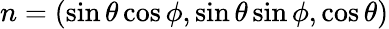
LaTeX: n=(\sin\theta\cos\phi,\sin\theta\sin\phi,\cos\theta)